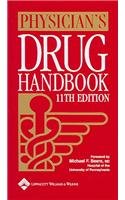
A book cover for Physician's Drug Handbook; Springhouse; Medical Books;